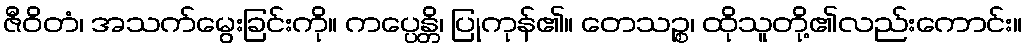
ဇီဝိတံ၊ အသက်မွေးခြင်းကို။ ကပ္ပေန္တိ၊ ပြုကုန်၏။ တေသဉ္စ၊ ထိုသူတို့၏လည်းကောင်း။